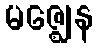
မဇ္ဈေန